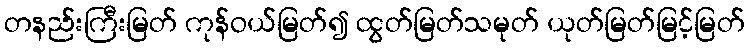
တနည်းကြီးမြတ် ကုန်ဝယ်မြတ်၍ ထွတ်မြတ်သမုတ် ယုတ်မြတ်မြင့်မြတ်